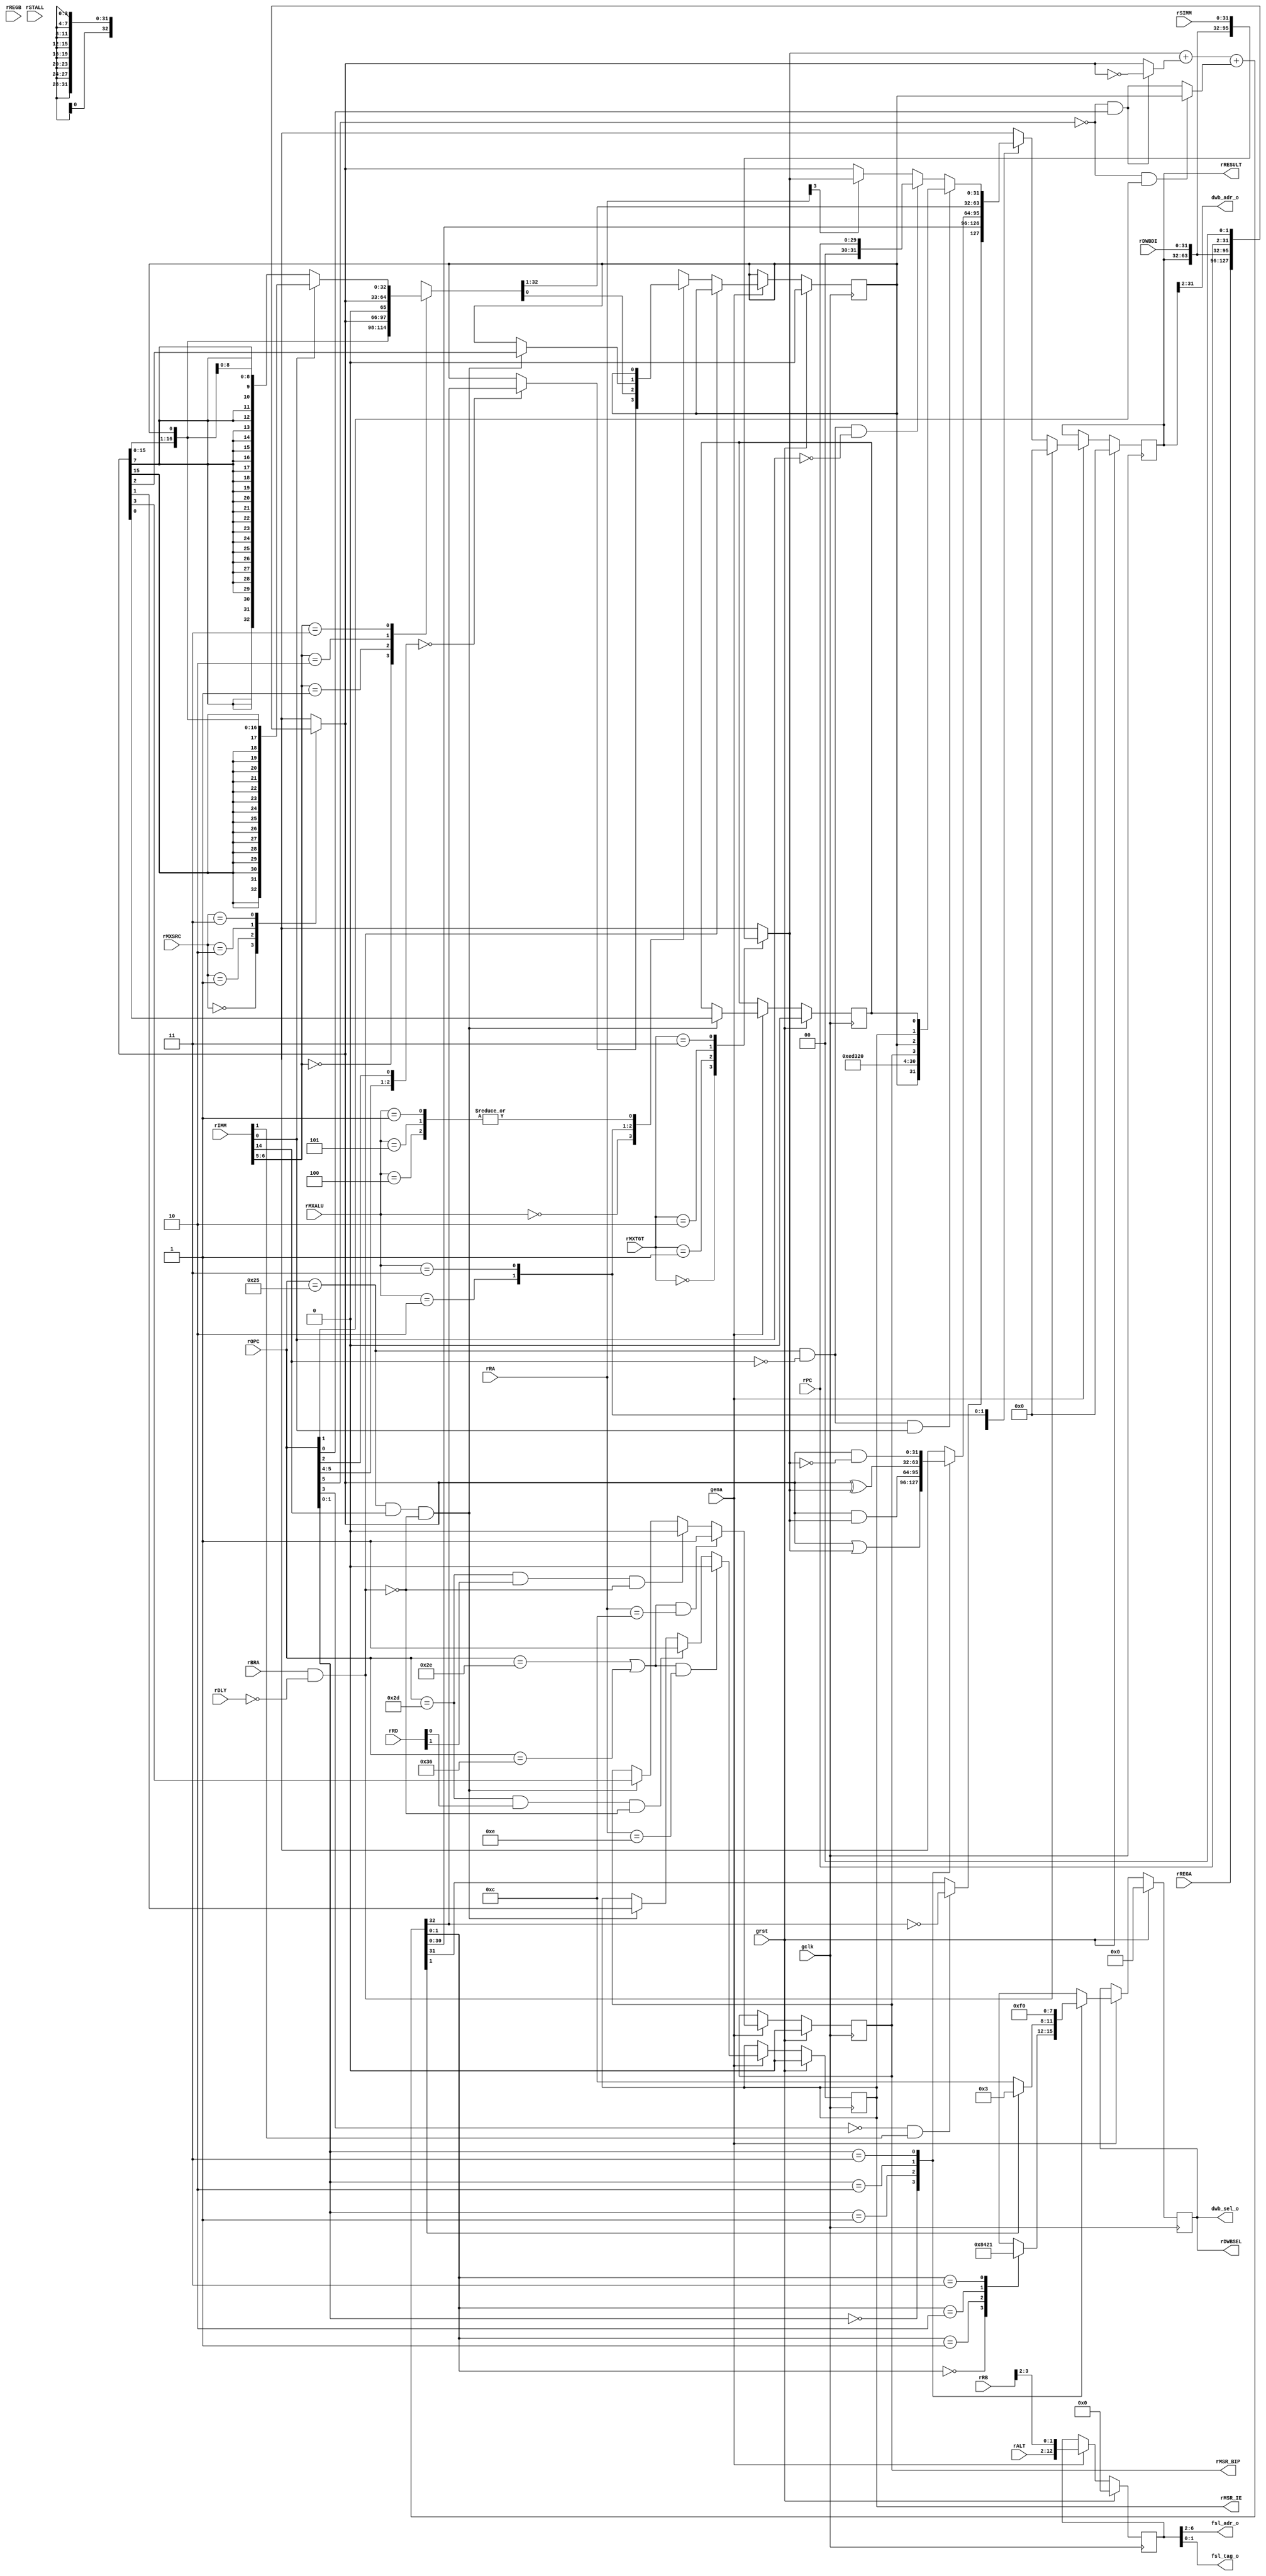
/* $Id: aeMB_xecu.v,v 1.12 2008/05/11 13:48:46 sybreon Exp $
**
** AEMB MAIN EXECUTION ALU
** Copyright (C) 2004-2007 Shawn Tan Ser Ngiap <shawn.tan@aeste.net>
**  
** This file is part of AEMB.
**
** AEMB is free software: you can redistribute it and/or modify it
** under the terms of the GNU Lesser General Public License as
** published by the Free Software Foundation, either version 3 of the
** License, or (at your option) any later version.
**
** AEMB is distributed in the hope that it will be useful, but WITHOUT
** ANY WARRANTY; without even the implied warranty of MERCHANTABILITY
** or FITNESS FOR A PARTICULAR PURPOSE.  See the GNU Lesser General
** Public License for more details.
**
** You should have received a copy of the GNU Lesser General Public
** License along with AEMB. If not, see <http://www.gnu.org/licenses/>.
*/

module aeMB_xecu (/*AUTOARG*/
   // Outputs
   dwb_adr_o, dwb_sel_o, fsl_adr_o, fsl_tag_o, rRESULT, rDWBSEL,
   rMSR_IE, rMSR_BIP,
   // Inputs
   rREGA, rREGB, rMXSRC, rMXTGT, rRA, rRB, rMXALU, rBRA, rDLY, rALT,
   rSTALL, rSIMM, rIMM, rOPC, rRD, rDWBDI, rPC, gclk, grst, gena
   );
   parameter DW=32;

   parameter MUL=0;
   parameter BSF=0;   
   
   // DATA WISHBONE
   output [DW-1:2] dwb_adr_o;
   output [3:0]    dwb_sel_o;

   // FSL WISHBONE
   output [6:2]   fsl_adr_o;
   output [1:0]   fsl_tag_o;   
   
   // INTERNAL
   output [31:0]   rRESULT;
   output [3:0]    rDWBSEL;   
   output 	   rMSR_IE;
   output 	   rMSR_BIP;
   input [31:0]    rREGA, rREGB;
   input [1:0] 	   rMXSRC, rMXTGT;
   input [4:0] 	   rRA, rRB;
   input [2:0] 	   rMXALU;
   input 	   rBRA, rDLY;
   input [10:0]    rALT;   

   input 	   rSTALL;   
   input [31:0]    rSIMM;
   input [15:0]    rIMM;
   input [5:0] 	   rOPC;
   input [4:0] 	   rRD;   
   input [31:0]    rDWBDI;
   input [31:2]    rPC;   
   
   // SYSTEM
   input 	   gclk, grst, gena;

   reg 		   rMSR_C, xMSR_C;
   reg 		   rMSR_IE, xMSR_IE;
   reg 		   rMSR_BE, xMSR_BE;
   reg 		   rMSR_BIP, xMSR_BIP;
   
   wire 	   fSKIP = rBRA & !rDLY;

   // --- OPERAND SELECT

   reg [31:0] 	   rOPA, rOPB;
   always @(/*AUTOSENSE*/rDWBDI or rMXSRC or rPC or rREGA or rRESULT)
     case (rMXSRC)
       2'o0: rOPA <= rREGA;
       2'o1: rOPA <= rRESULT;
       2'o2: rOPA <= rDWBDI;
       2'o3: rOPA <= {rPC, 2'o0};       
     endcase // case (rMXSRC)
   
   always @(/*AUTOSENSE*/rDWBDI or rMXTGT or rREGB or rRESULT or rSIMM)
     case (rMXTGT)
       2'o0: rOPB <= rREGB;
       2'o1: rOPB <= rRESULT;
       2'o2: rOPB <= rDWBDI;
       2'o3: rOPB <= rSIMM;       
     endcase // case (rMXTGT)

   // --- ADD/SUB SELECTOR ----

   reg 		    rRES_ADDC;
   reg [31:0] 	    rRES_ADD;
   
   wire [31:0] 		wADD;
   wire 		wADC;

   wire 		fCCC = !rOPC[5] & rOPC[1]; // & !rOPC[4]
   wire 		fSUB = !rOPC[5] & rOPC[0]; // & !rOPC[4]
   wire 		fCMP = !rOPC[3] & rIMM[1]; // unsigned only
   wire 		wCMP = (fCMP) ? !wADC : wADD[31]; // cmpu adjust
   
   wire [31:0] 		wOPA = (fSUB) ? ~rOPA : rOPA;
   wire 		wOPC = (fCCC) ? rMSR_C : fSUB;
   
   assign 		{wADC, wADD} = (rOPB + wOPA) + wOPC; // add carry
   
   always @(/*AUTOSENSE*/wADC or wADD or wCMP) begin
      {rRES_ADDC, rRES_ADD} <= #1 {wADC, wCMP, wADD[30:0]}; // add with carry
   end
   
   // --- LOGIC SELECTOR --------------------------------------

   reg [31:0] 	    rRES_LOG;
   always @(/*AUTOSENSE*/rOPA or rOPB or rOPC)
     case (rOPC[1:0])
       2'o0: rRES_LOG <= #1 rOPA | rOPB;
       2'o1: rRES_LOG <= #1 rOPA & rOPB;
       2'o2: rRES_LOG <= #1 rOPA ^ rOPB;
       2'o3: rRES_LOG <= #1 rOPA & ~rOPB;       
     endcase // case (rOPC[1:0])

   // --- SHIFTER SELECTOR ------------------------------------
   
   reg [31:0] 	    rRES_SFT;
   reg 		    rRES_SFTC;
   
   always @(/*AUTOSENSE*/rIMM or rMSR_C or rOPA)
     case (rIMM[6:5])
       2'o0: {rRES_SFT, rRES_SFTC} <= #1 {rOPA[31],rOPA[31:0]};
       2'o1: {rRES_SFT, rRES_SFTC} <= #1 {rMSR_C,rOPA[31:0]};
       2'o2: {rRES_SFT, rRES_SFTC} <= #1 {1'b0,rOPA[31:0]};
       2'o3: {rRES_SFT, rRES_SFTC} <= #1 (rIMM[0]) ? { {(16){rOPA[15]}}, rOPA[15:0], rMSR_C} :
				      { {(24){rOPA[7]}}, rOPA[7:0], rMSR_C};
     endcase // case (rIMM[6:5])

   // --- MOVE SELECTOR ---------------------------------------
   
   wire [31:0] 	    wMSR = {rMSR_C, 3'o0, 
			    20'h0ED32, 
			    4'h0, rMSR_BIP, rMSR_C, rMSR_IE, rMSR_BE};      
   wire 	    fMFSR = (rOPC == 6'o45) & !rIMM[14] & rIMM[0];
   wire 	    fMFPC = (rOPC == 6'o45) & !rIMM[14] & !rIMM[0];
   reg [31:0] 	    rRES_MOV;
   always @(/*AUTOSENSE*/fMFPC or fMFSR or rOPA or rOPB or rPC or rRA
	    or wMSR)
     rRES_MOV <= (fMFSR) ? wMSR :
		 (fMFPC) ? rPC :
		 (rRA[3]) ? rOPB : 
		 rOPA;   
   
   // --- MULTIPLIER ------------------------------------------
   // TODO: 2 stage multiplier
   
   reg [31:0] 	    rRES_MUL, rRES_MUL0, xRES_MUL;
   always @(/*AUTOSENSE*/rOPA or rOPB) begin
      xRES_MUL <= (rOPA * rOPB);
   end

   always @(posedge gclk)
     if (grst) begin
	/*AUTORESET*/
	// Beginning of autoreset for uninitialized flops
	rRES_MUL <= 32'h0;
	// End of automatics
     end else if (rSTALL) begin
	rRES_MUL <= #1 xRES_MUL;	
     end

   
   // --- BARREL SHIFTER --------------------------------------

   reg [31:0] 	 rRES_BSF;
   reg [31:0] 	 xBSRL, xBSRA, xBSLL;
   
   // Infer a logical left barrel shifter.   
   always @(/*AUTOSENSE*/rOPA or rOPB)
     xBSLL <= rOPA << rOPB[4:0];
   
   // Infer a logical right barrel shifter.
   always @(/*AUTOSENSE*/rOPA or rOPB)
     xBSRL <= rOPA >> rOPB[4:0];

   // Infer a arithmetic right barrel shifter.
   always @(/*AUTOSENSE*/rOPA or rOPB)
     case (rOPB[4:0])
       5'd00: xBSRA <= rOPA;
       5'd01: xBSRA <= {{(1){rOPA[31]}}, rOPA[31:1]};
       5'd02: xBSRA <= {{(2){rOPA[31]}}, rOPA[31:2]};
       5'd03: xBSRA <= {{(3){rOPA[31]}}, rOPA[31:3]};
       5'd04: xBSRA <= {{(4){rOPA[31]}}, rOPA[31:4]};
       5'd05: xBSRA <= {{(5){rOPA[31]}}, rOPA[31:5]};
       5'd06: xBSRA <= {{(6){rOPA[31]}}, rOPA[31:6]};
       5'd07: xBSRA <= {{(7){rOPA[31]}}, rOPA[31:7]};
       5'd08: xBSRA <= {{(8){rOPA[31]}}, rOPA[31:8]};
       5'd09: xBSRA <= {{(9){rOPA[31]}}, rOPA[31:9]};
       5'd10: xBSRA <= {{(10){rOPA[31]}}, rOPA[31:10]};
       5'd11: xBSRA <= {{(11){rOPA[31]}}, rOPA[31:11]};
       5'd12: xBSRA <= {{(12){rOPA[31]}}, rOPA[31:12]};
       5'd13: xBSRA <= {{(13){rOPA[31]}}, rOPA[31:13]};
       5'd14: xBSRA <= {{(14){rOPA[31]}}, rOPA[31:14]};
       5'd15: xBSRA <= {{(15){rOPA[31]}}, rOPA[31:15]};
       5'd16: xBSRA <= {{(16){rOPA[31]}}, rOPA[31:16]};
       5'd17: xBSRA <= {{(17){rOPA[31]}}, rOPA[31:17]};
       5'd18: xBSRA <= {{(18){rOPA[31]}}, rOPA[31:18]};
       5'd19: xBSRA <= {{(19){rOPA[31]}}, rOPA[31:19]};
       5'd20: xBSRA <= {{(20){rOPA[31]}}, rOPA[31:20]};
       5'd21: xBSRA <= {{(21){rOPA[31]}}, rOPA[31:21]};
       5'd22: xBSRA <= {{(22){rOPA[31]}}, rOPA[31:22]};
       5'd23: xBSRA <= {{(23){rOPA[31]}}, rOPA[31:23]};
       5'd24: xBSRA <= {{(24){rOPA[31]}}, rOPA[31:24]};
       5'd25: xBSRA <= {{(25){rOPA[31]}}, rOPA[31:25]};
       5'd26: xBSRA <= {{(26){rOPA[31]}}, rOPA[31:26]};
       5'd27: xBSRA <= {{(27){rOPA[31]}}, rOPA[31:27]};
       5'd28: xBSRA <= {{(28){rOPA[31]}}, rOPA[31:28]};
       5'd29: xBSRA <= {{(29){rOPA[31]}}, rOPA[31:29]};
       5'd30: xBSRA <= {{(30){rOPA[31]}}, rOPA[31:30]};
       5'd31: xBSRA <= {{(31){rOPA[31]}}, rOPA[31]};
     endcase // case (rOPB[4:0])

   reg [31:0] 	 rBSRL, rBSRA, rBSLL;

   always @(posedge gclk)
     if (grst) begin
	/*AUTORESET*/
	// Beginning of autoreset for uninitialized flops
	rBSLL <= 32'h0;
	rBSRA <= 32'h0;
	rBSRL <= 32'h0;
	// End of automatics
     end else if (rSTALL) begin
	rBSRL <= #1 xBSRL;
	rBSRA <= #1 xBSRA;
	rBSLL <= #1 xBSLL;	
     end
   
   always @(/*AUTOSENSE*/rALT or rBSLL or rBSRA or rBSRL)
     case (rALT[10:9])
       2'd0: rRES_BSF <= rBSRL;
       2'd1: rRES_BSF <= rBSRA;       
       2'd2: rRES_BSF <= rBSLL;
       default: rRES_BSF <= 32'hX;       
     endcase // case (rALT[10:9])
   
   
   // --- MSR REGISTER -----------------
   
   // C
   wire 	   fMTS = (rOPC == 6'o45) & rIMM[14] & !fSKIP;
   wire 	   fADDC = ({rOPC[5:4], rOPC[2]} == 3'o0);
   
   always @(/*AUTOSENSE*/fADDC or fMTS or fSKIP or rMSR_C or rMXALU
	    or rOPA or rRES_ADDC or rRES_SFTC)
     //if (fSKIP | |rXCE) begin
     if (fSKIP) begin
	xMSR_C <= rMSR_C;
     end else
       case (rMXALU)
	 3'o0: xMSR_C <= (fADDC) ? rRES_ADDC : rMSR_C;	 
	 3'o1: xMSR_C <= rMSR_C; // LOGIC       
	 3'o2: xMSR_C <= rRES_SFTC; // SHIFT
	 3'o3: xMSR_C <= (fMTS) ? rOPA[2] : rMSR_C;
	 3'o4: xMSR_C <= rMSR_C;	 
	 3'o5: xMSR_C <= rMSR_C;	 
	 default: xMSR_C <= 1'hX;       
       endcase // case (rMXALU)

   // IE/BIP/BE
   wire 	    fRTID = (rOPC == 6'o55) & rRD[0] & !fSKIP;   
   wire 	    fRTBD = (rOPC == 6'o55) & rRD[1] & !fSKIP;
   wire 	    fBRK = ((rOPC == 6'o56) | (rOPC == 6'o66)) & (rRA == 5'hC);
   wire 	    fINT = ((rOPC == 6'o56) | (rOPC == 6'o66)) & (rRA == 5'hE);
   
   always @(/*AUTOSENSE*/fINT or fMTS or fRTID or rMSR_IE or rOPA)
     xMSR_IE <= (fINT) ? 1'b0 :
		(fRTID) ? 1'b1 : 
		(fMTS) ? rOPA[1] :
		rMSR_IE;      
   
   always @(/*AUTOSENSE*/fBRK or fMTS or fRTBD or rMSR_BIP or rOPA)
     xMSR_BIP <= (fBRK) ? 1'b1 :
		 (fRTBD) ? 1'b0 : 
		 (fMTS) ? rOPA[3] :
		 rMSR_BIP;      
   
   always @(/*AUTOSENSE*/fMTS or rMSR_BE or rOPA)
     xMSR_BE <= (fMTS) ? rOPA[0] : rMSR_BE;      

   // --- RESULT SELECTOR -------------------------------------------
   // Selects results from functional units. 
   reg [31:0] 	   rRESULT, xRESULT;

   // RESULT
   always @(/*AUTOSENSE*/fSKIP or rMXALU or rRES_ADD or rRES_BSF
	    or rRES_LOG or rRES_MOV or rRES_MUL or rRES_SFT)
     if (fSKIP) 
       /*AUTORESET*/
       // Beginning of autoreset for uninitialized flops
       xRESULT <= 32'h0;
       // End of automatics
     else
       case (rMXALU)
	 3'o0: xRESULT <= rRES_ADD;
	 3'o1: xRESULT <= rRES_LOG;
	 3'o2: xRESULT <= rRES_SFT;
	 3'o3: xRESULT <= rRES_MOV;
	 3'o4: xRESULT <= (MUL) ? rRES_MUL : 32'hX;	 
	 3'o5: xRESULT <= (BSF) ? rRES_BSF : 32'hX;	 
	 default: xRESULT <= 32'hX;       
       endcase // case (rMXALU)

   // --- DATA WISHBONE -----
   
   reg [3:0] 	    rDWBSEL, xDWBSEL;
   assign 	    dwb_adr_o = rRESULT[DW-1:2];
   assign 	    dwb_sel_o = rDWBSEL;

   always @(/*AUTOSENSE*/rOPC or wADD)
     case (rOPC[1:0])
       2'o0: case (wADD[1:0]) // 8'bit
	       2'o0: xDWBSEL <= 4'h8;	       
	       2'o1: xDWBSEL <= 4'h4;	       
	       2'o2: xDWBSEL <= 4'h2;	       
	       2'o3: xDWBSEL <= 4'h1;	       
	     endcase // case (wADD[1:0])
       2'o1: xDWBSEL <= (wADD[1]) ? 4'h3 : 4'hC; // 16'bit
       2'o2: xDWBSEL <= 4'hF; // 32'bit
       2'o3: xDWBSEL <= 4'h0; // FSL
     endcase // case (rOPC[1:0])

   // --- FSL WISHBONE --------------------

   reg [14:2] 	    rFSLADR, xFSLADR;   
   
   assign 	    {fsl_adr_o, fsl_tag_o} = rFSLADR[8:2];

   always @(/*AUTOSENSE*/rALT or rRB) begin
      xFSLADR <= {rALT, rRB[3:2]};      
   end
   
   // --- SYNC ---

   always @(posedge gclk)
     if (grst) begin
	/*AUTORESET*/
	// Beginning of autoreset for uninitialized flops
	rDWBSEL <= 4'h0;
	rFSLADR <= 13'h0;
	rMSR_BE <= 1'h0;
	rMSR_BIP <= 1'h0;
	rMSR_C <= 1'h0;
	rMSR_IE <= 1'h0;
	rRESULT <= 32'h0;
	// End of automatics
     end else if (gena) begin // if (grst)
	rRESULT <= #1 xRESULT;
	rDWBSEL <= #1 xDWBSEL;
	rMSR_C <= #1 xMSR_C;
	rMSR_IE <= #1 xMSR_IE;	
	rMSR_BE <= #1 xMSR_BE;	
	rMSR_BIP <= #1 xMSR_BIP;
	rFSLADR <= #1 xFSLADR;
     end
   
endmodule // aeMB_xecu

/*
 $Log: aeMB_xecu.v,v $
 Revision 1.12  2008/05/11 13:48:46  sybreon
 Backported Adder from AEMB2_EDK62.
 Fixes 64-bit math problem reported by M. Ettus.

 Revision 1.11  2008/01/19 15:57:36  sybreon
 Fix MTS during interrupt vectoring bug (reported by M. Ettus).

 Revision 1.10  2007/12/25 22:15:09  sybreon
 Stalls pipeline on MUL/BSF instructions results in minor speed improvements.

 Revision 1.9  2007/11/30 16:42:51  sybreon
 Minor code cleanup.

 Revision 1.8  2007/11/16 21:52:03  sybreon
 Added fsl_tag_o to FSL bus (tag either address or data).

 Revision 1.7  2007/11/14 22:14:34  sybreon
 Changed interrupt handling system (reported by M. Ettus).

 Revision 1.6  2007/11/10 16:39:38  sybreon
 Upgraded license to LGPLv3.
 Significant performance optimisations.

 Revision 1.5  2007/11/09 20:51:52  sybreon
 Added GET/PUT support through a FSL bus.

 Revision 1.4  2007/11/08 14:17:47  sybreon
 Parameterised optional components.

 Revision 1.3  2007/11/03 08:34:55  sybreon
 Minor code cleanup.

 Revision 1.2  2007/11/02 19:20:58  sybreon
 Added better (beta) interrupt support.
 Changed MSR_IE to disabled at reset as per MB docs.

 Revision 1.1  2007/11/02 03:25:41  sybreon
 New EDK 3.2 compatible design with optional barrel-shifter and multiplier.
 Fixed various minor data hazard bugs.
 Code compatible with -O0/1/2/3/s generated code.

*/